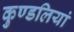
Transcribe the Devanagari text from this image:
कुण्‍डलियां